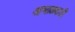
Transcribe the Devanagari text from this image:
आभाळवाडी